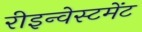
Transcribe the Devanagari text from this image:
रीइन्वेस्टमेंट